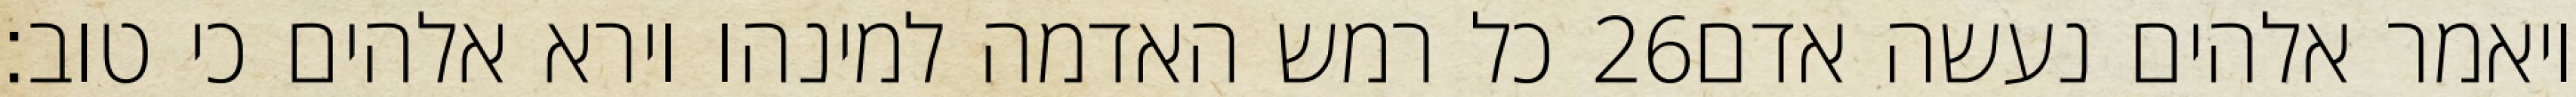
כל רמש האדמה למינהו וירא אלהים כי טוב׃ ‎26‏ ויאמר אלהים נעשה אדם